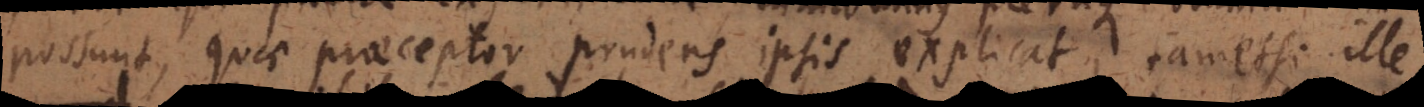
possunt, quae praeceptor prudens ipsis explicat, tametsi ille